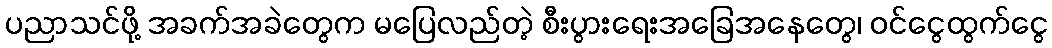
ပညာသင်ဖို့ အခက်အခဲတွေက မပြေလည်တဲ့ စီးပွားရေးအခြေအနေတွေ၊ ဝင်ငွေထွက်ငွေ